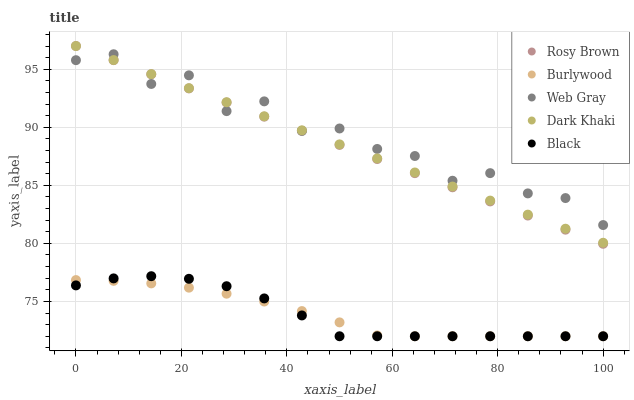
| xaxis_label | Rosy Brown | Burlywood | Web Gray | Dark Khaki | Black |
 | --- | --- | --- | --- | --- | --- |
 | 0 | 97 | 76.8 | 95.8 | 97 | 76.4 |
 | 7.14 | 95.8 | 76.8 | 96.3 | 95.8 | 77 |
 | 14.3 | 94.6 | 76.6 | 93.7 | 94.6 | 77.2 |
 | 21.4 | 93.3 | 76.2 | 94.5 | 93.4 | 76.9 |
 | 28.6 | 92.1 | 75.7 | 91.4 | 92.2 | 76.3 |
 | 35.7 | 90.9 | 75 | 92.2 | 90.9 | 75.3 |
 | 42.9 | 89.7 | 74.2 | 89.7 | 89.7 | 73.8 |
 | 50 | 88.5 | 73.2 | 89.9 | 88.5 | 72 |
 | 57.1 | 87.3 | 72.1 | 88.1 | 87.3 | 72 |
 | 64.3 | 86 | 72 | 87.5 | 86.1 | 72 |
 | 71.4 | 84.8 | 72 | 85.4 | 84.9 | 72 |
 | 78.6 | 83.6 | 72 | 86.1 | 83.7 | 72 |
 | 85.7 | 82.4 | 72 | 84.3 | 82.5 | 72 |
 | 92.9 | 81.2 | 72 | 83.9 | 81.3 | 72 |
 | 100 | 80 | 72 | 81.6 | 80.1 | 72 |